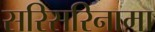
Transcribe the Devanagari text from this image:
सरिसरिनामा